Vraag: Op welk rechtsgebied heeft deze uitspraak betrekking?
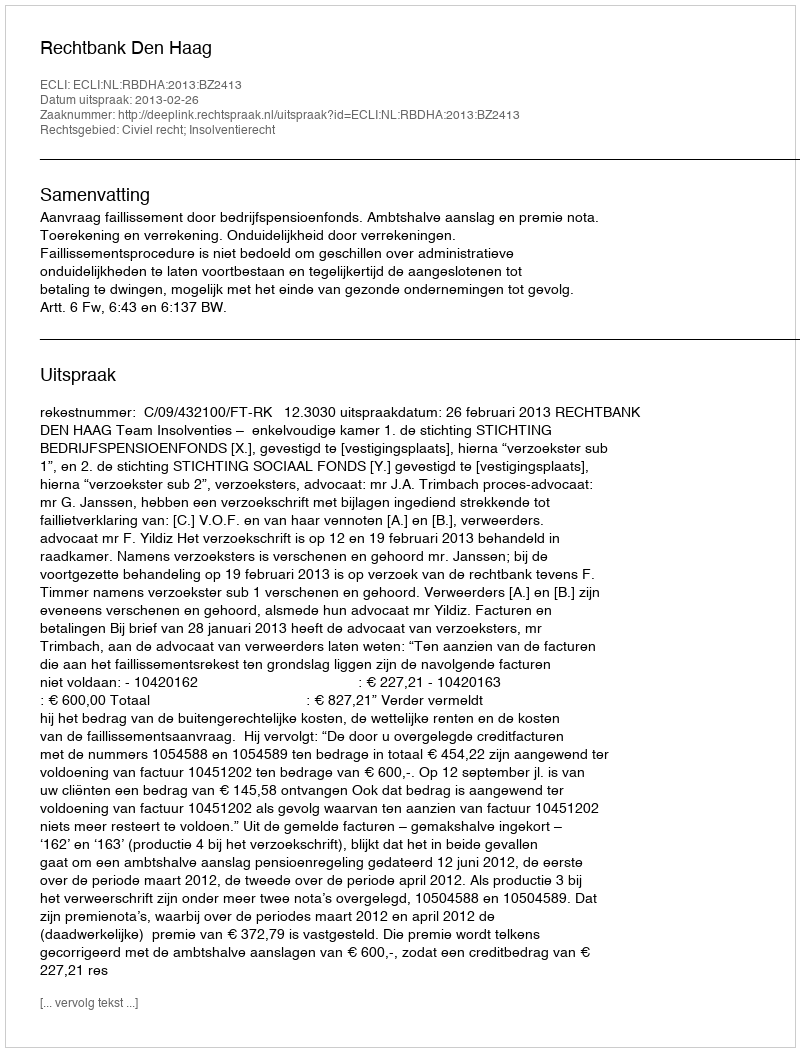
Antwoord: Civiel recht; Insolventierecht